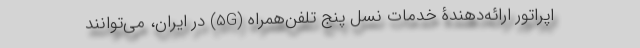
اپراتور ارائه‌دهندۀ خدمات نسل پنج تلفن‌همراه (5G) در ایران، می‌توانند